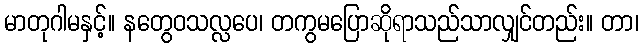
မာတုဂါမနှင့်။ နတွေဝသလ္လပေ၊ တကွမပြောဆိုရာသည်သာလျှင်တည်း။ တာ၊